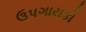
ઉપગાયકો